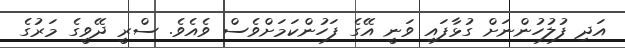
އަދި ފުލުހުންނަށް ގުޅާފައި ވަނީ އޭގެ ފަހުންކަމަށްވެސް ވެއެވެ. ސްރީ ދޭވީގެ މަރުގެ